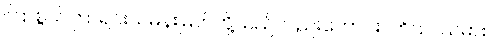
ကြာစွယ်ကြာရင်းသမန်းမြတ်တို့သည်လည်းကောင်း။ ဘိသဿမာစ၊